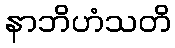
နာဘိဟံသတိ